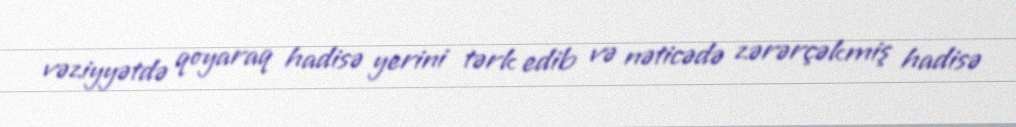
vəziyyətdə qoyaraq hadisə yerini tərk edib və nəticədə zərərçəkmiş hadisə